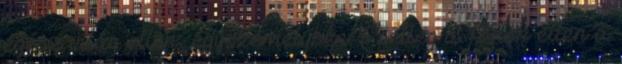
egész világ ellen, egyszemélyben. Esetleg a főnök ellen a